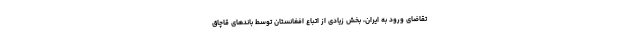
تقاضای ورود به ایران، بخش زیادی از اتباع افغانستان توسط باندهای قاچاق